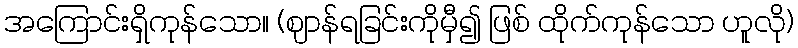
အကြောင်းရှိကုန်သော။ (ဈာန်ရခြင်းကိုမှီ၍ ဖြစ် ထိုက်ကုန်သော ဟူလို)